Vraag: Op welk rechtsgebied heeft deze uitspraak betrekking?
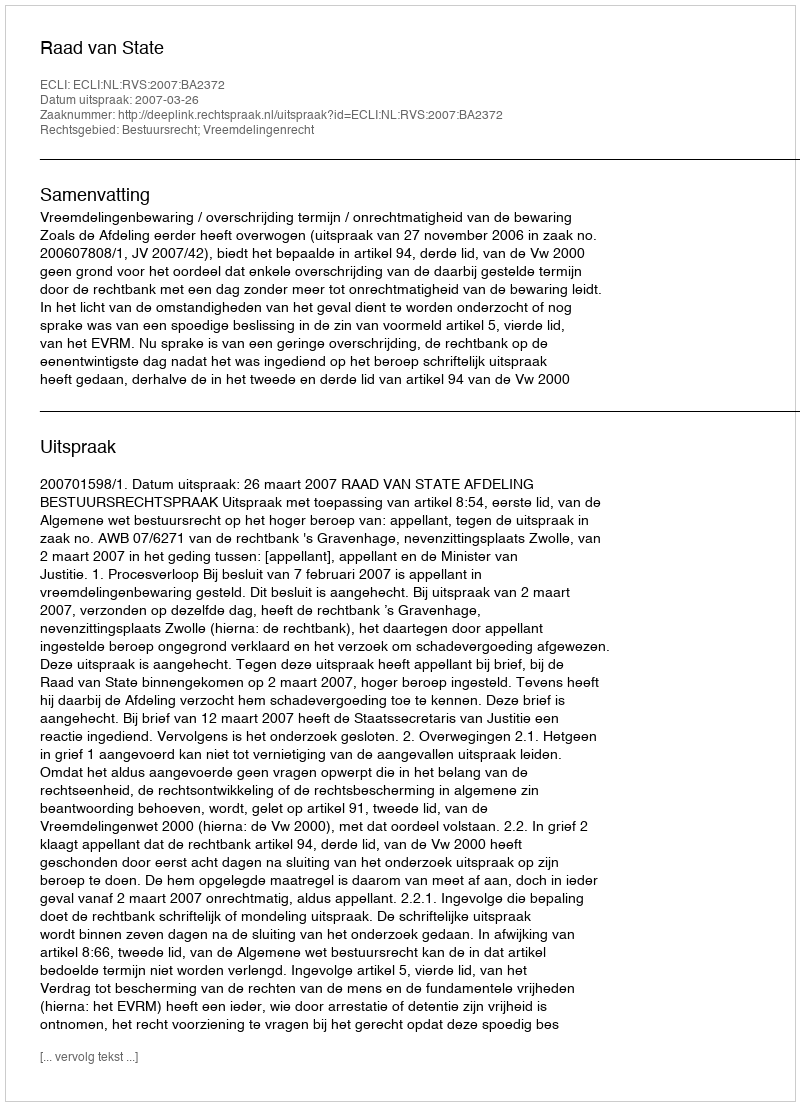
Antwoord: Bestuursrecht; Vreemdelingenrecht